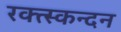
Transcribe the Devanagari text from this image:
रक्त्स्कन्दन